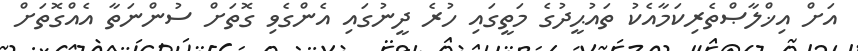
އަށް އިޚްލާޞްތެރިކަމާއެކު ތައުޙީދުގެ މަތީގައި ހުރެ ދީނުގައި އެންގެވި ގޮތަށް ސުންނަތާ އެއްގޮތަށް